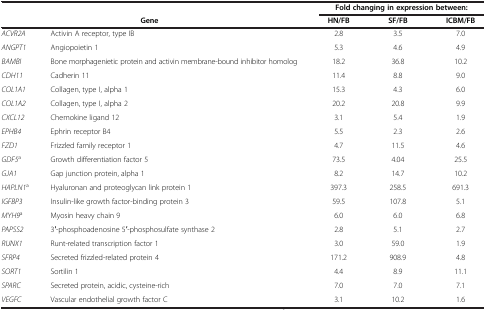
<table><thead><tr><td><b> </b></td><td><b> </b></td><td colspan="3"><b>Fold changing in expression between:</b></td></tr><tr><td colspan="2"><b>Gene</b></td><td><b>HN/FB</b></td><td><b>SF/FB</b></td><td><b>ICBM/FB</b></td></tr></thead><tbody><tr><td><i>ACVR2A</i></td><td>Activin A receptor, type IB</td><td>2.8</td><td>3.5</td><td>7.0</td></tr><tr><td><i>ANGPT1</i></td><td>Angiopoietin 1</td><td>5.3</td><td>4.6</td><td>4.9</td></tr><tr><td><i>BAMBI</i></td><td>Bone morphagenietic protein and activin membrane-bound inhibitor homolog</td><td>18.2</td><td>36.8</td><td>10.2</td></tr><tr><td><i>CDH11</i></td><td>Cadherin 11</td><td>11.4</td><td>8.8</td><td>9.0</td></tr><tr><td><i>COL1A1</i></td><td>Collagen, type I, alpha 1</td><td>15.3</td><td>4.3</td><td>6.0</td></tr><tr><td><i>COL1A2</i></td><td>Collagen, type I, alpha 2</td><td>20.2</td><td>20.8</td><td>9.9</td></tr><tr><td><i>CXCL12</i></td><td>Chemokine ligand 12</td><td>3.1</td><td>5.4</td><td>1.9</td></tr><tr><td><i>EPHB4</i></td><td>Ephrin receptor B4</td><td>5.5</td><td>2.3</td><td>2.6</td></tr><tr><td><i>FZD1</i></td><td>Frizzled family receptor 1</td><td>4.7</td><td>11.5</td><td>4.6</td></tr><tr><td><i>GDF5</i><sup>a</sup></td><td>Growth differentiation factor 5</td><td>73.5</td><td>4.04</td><td>25.5</td></tr><tr><td><i>GJA1</i></td><td>Gap junction protein, alpha 1</td><td>8.2</td><td>14.7</td><td>10.2</td></tr><tr><td><i>HAPLN1</i><sup>a</sup></td><td>Hyaluronan and proteoglycan link protein 1</td><td>397.3</td><td>258.5</td><td>691.3</td></tr><tr><td><i>IGFBP3</i></td><td>Insulin-like growth factor-binding protein 3</td><td>59.5</td><td>107.8</td><td>5.1</td></tr><tr><td><i>MYH9</i><sup>a</sup></td><td>Myosin heavy chain 9</td><td>6.0</td><td>6.0</td><td>6.8</td></tr><tr><td><i>PAPSS2</i></td><td>3′-phosphoadenosine 5′-phosphosulfate synthase 2</td><td>2.8</td><td>5.1</td><td>2.7</td></tr><tr><td><i>RUNX1</i></td><td>Runt-related transcription factor 1</td><td>3.0</td><td>59.0</td><td>1.9</td></tr><tr><td><i>SFRP4</i></td><td>Secreted frizzled-related protein 4</td><td>171.2</td><td>908.9</td><td>4.8</td></tr><tr><td><i>SORT1</i></td><td>Sortilin 1</td><td>4.4</td><td>8.9</td><td>11.1</td></tr><tr><td><i>SPARC</i></td><td>Secreted protein, acidic, cysteine-rich</td><td>7.0</td><td>7.0</td><td>7.1</td></tr><tr><td><i>VEGFC</i></td><td>Vascular endothelial growth factor C</td><td>3.1</td><td>10.2</td><td>1.6</td></tr></tbody></table>